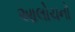
આલોચનો